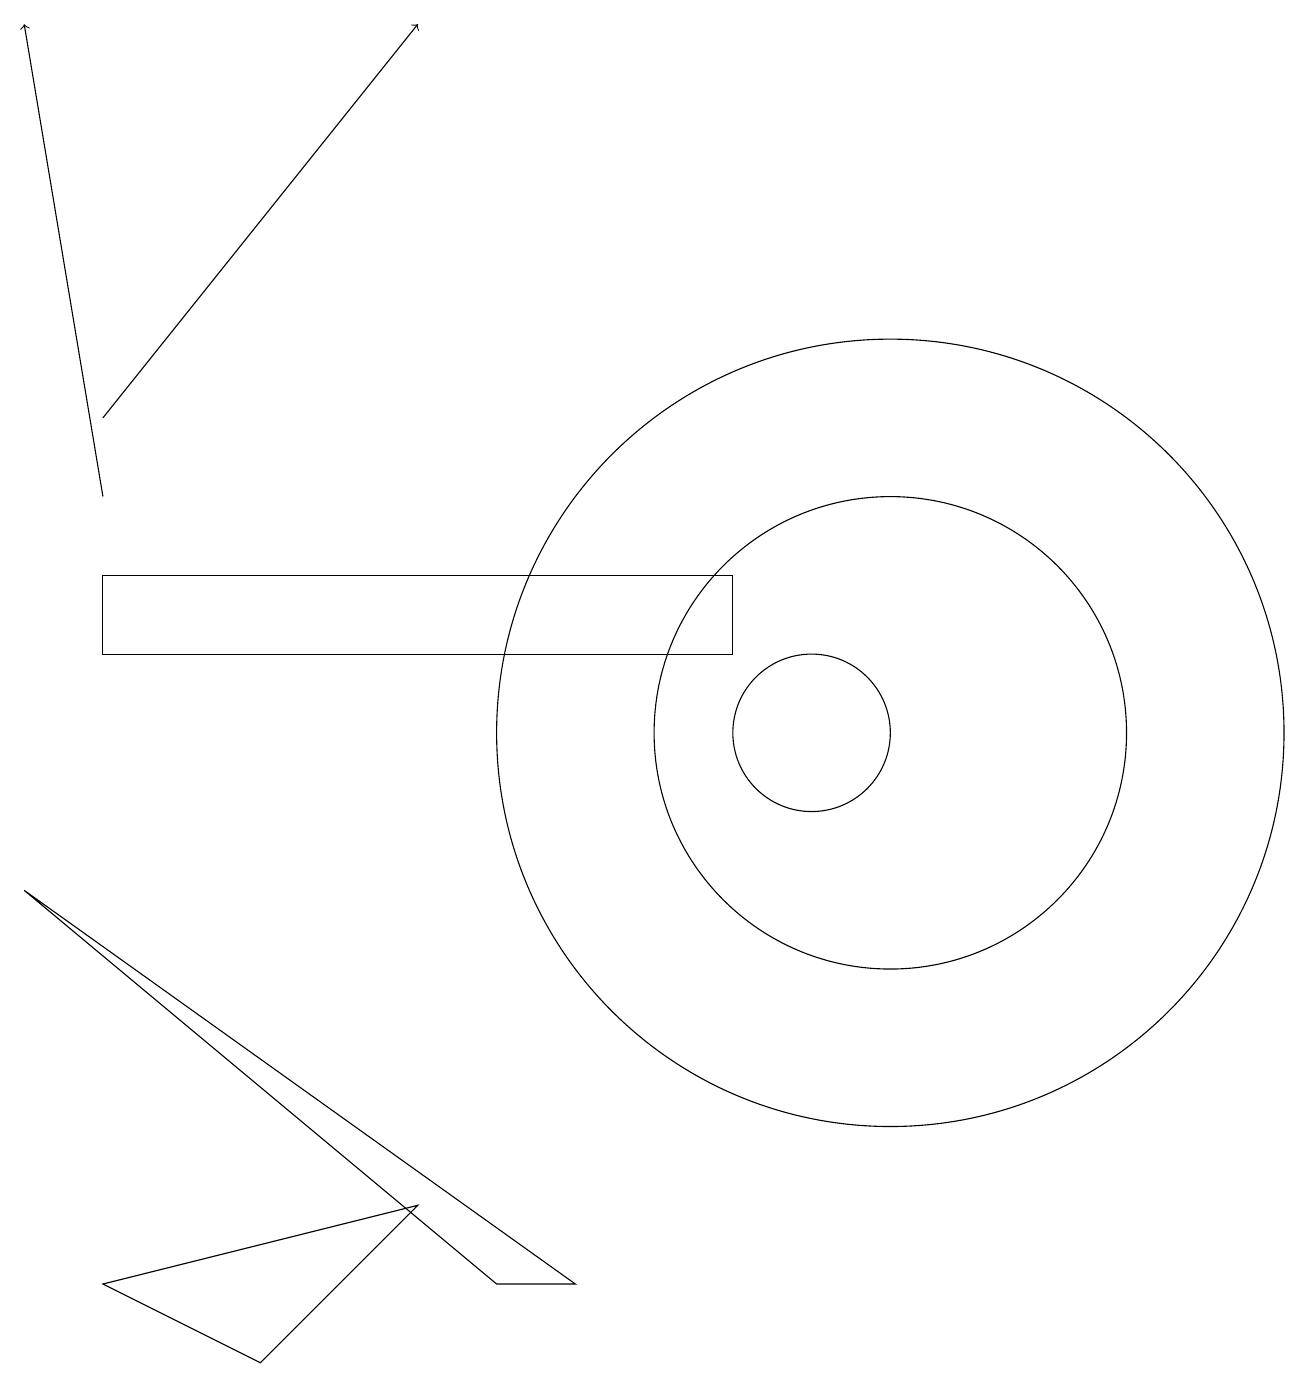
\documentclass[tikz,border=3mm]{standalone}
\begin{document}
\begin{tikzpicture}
\draw (11,10) circle (5);
\draw (11,10) circle (3);
\draw (10,10) circle (1);
\draw[->] (1,13) -- (0,19);
\draw (9,11) rectangle (1,12);
\draw[->] (1,14) -- (5,19);
\draw (7,3) -- (0,8) -- (6,3) -- cycle;
\draw (1,3) -- (5,4) -- (3,2) -- cycle;
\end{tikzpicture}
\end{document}